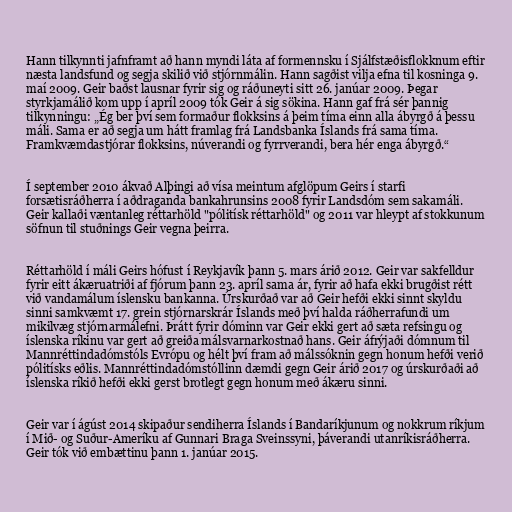
Hann tilkynnti jafnframt að hann myndi láta af formennsku í Sjálfstæðisflokknum eftir
næsta landsfund og segja skilið við stjórnmálin. Hann sagðist vilja efna til kosninga 9.
maí 2009. Geir baðst lausnar fyrir sig og ráðuneyti sitt 26. janúar 2009. Þegar
styrkjamálið kom upp í apríl 2009 tók Geir á sig sökina. Hann gaf frá sér þannig
tilkynningu: „Ég ber því sem formaður flokksins á þeim tíma einn alla ábyrgð á þessu
máli. Sama er að segja um hátt framlag frá Landsbanka Íslands frá sama tíma.
Framkvæmdastjórar flokksins, núverandi og fyrrverandi, bera hér enga ábyrgð.“

Í september 2010 ákvað Alþingi að vísa meintum afglöpum Geirs í starfi
forsætisráðherra í aðdraganda bankahrunsins 2008 fyrir Landsdóm sem sakamáli.
Geir kallaði væntanleg réttarhöld "pólitísk réttarhöld" og 2011 var hleypt af stokkunum
söfnun til stuðnings Geir vegna þeirra.

Réttarhöld í máli Geirs hófust í Reykjavík þann 5. mars árið 2012. Geir var sakfelldur
fyrir eitt ákæruatriði af fjórum þann 23. apríl sama ár, fyrir að hafa ekki brugðist rétt
við vandamálum íslensku bankanna. Úrskurðað var að Geir hefði ekki sinnt skyldu
sinni samkvæmt 17. grein stjórnarskrár Íslands með því halda ráðherrafundi um
mikilvæg stjórnarmálefni. Þrátt fyrir dóminn var Geir ekki gert að sæta refsingu og
íslenska ríkinu var gert að greiða málsvarnarkostnað hans. Geir áfrýjaði dómnum til
Mannréttindadómstóls Evrópu og hélt því fram að málssóknin gegn honum hefði verið
pólitísks eðlis. Mannréttindadómstóllinn dæmdi gegn Geir árið 2017 og úrskurðaði að
íslenska ríkið hefði ekki gerst brotlegt gegn honum með ákæru sinni.

Geir var í ágúst 2014 skipaður sendiherra Íslands í Bandaríkjunum og nokkrum ríkjum
í Mið- og Suður-Ameríku af Gunnari Braga Sveinssyni, þáverandi utanríkisráðherra.
Geir tók við embættinu þann 1. janúar 2015.